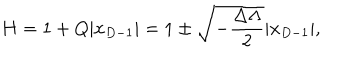
H = 1 + Q | x _ { D - 1 } | = 1 \pm \sqrt { - { \frac { \Delta \Lambda } { 2 } } } | x _ { D - 1 } | ,